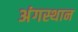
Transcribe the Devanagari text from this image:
अंगस्थान